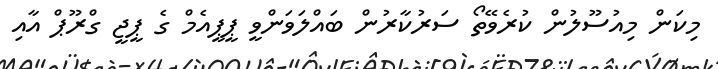
މިކަން މިއުސޫލުން ކުރެވޭތޯ ސަރުކާރުން ބައްލަވަންވީ ޕީޕީއެމް ގެ ޕީޖީ ގްރޫޕް އާއި